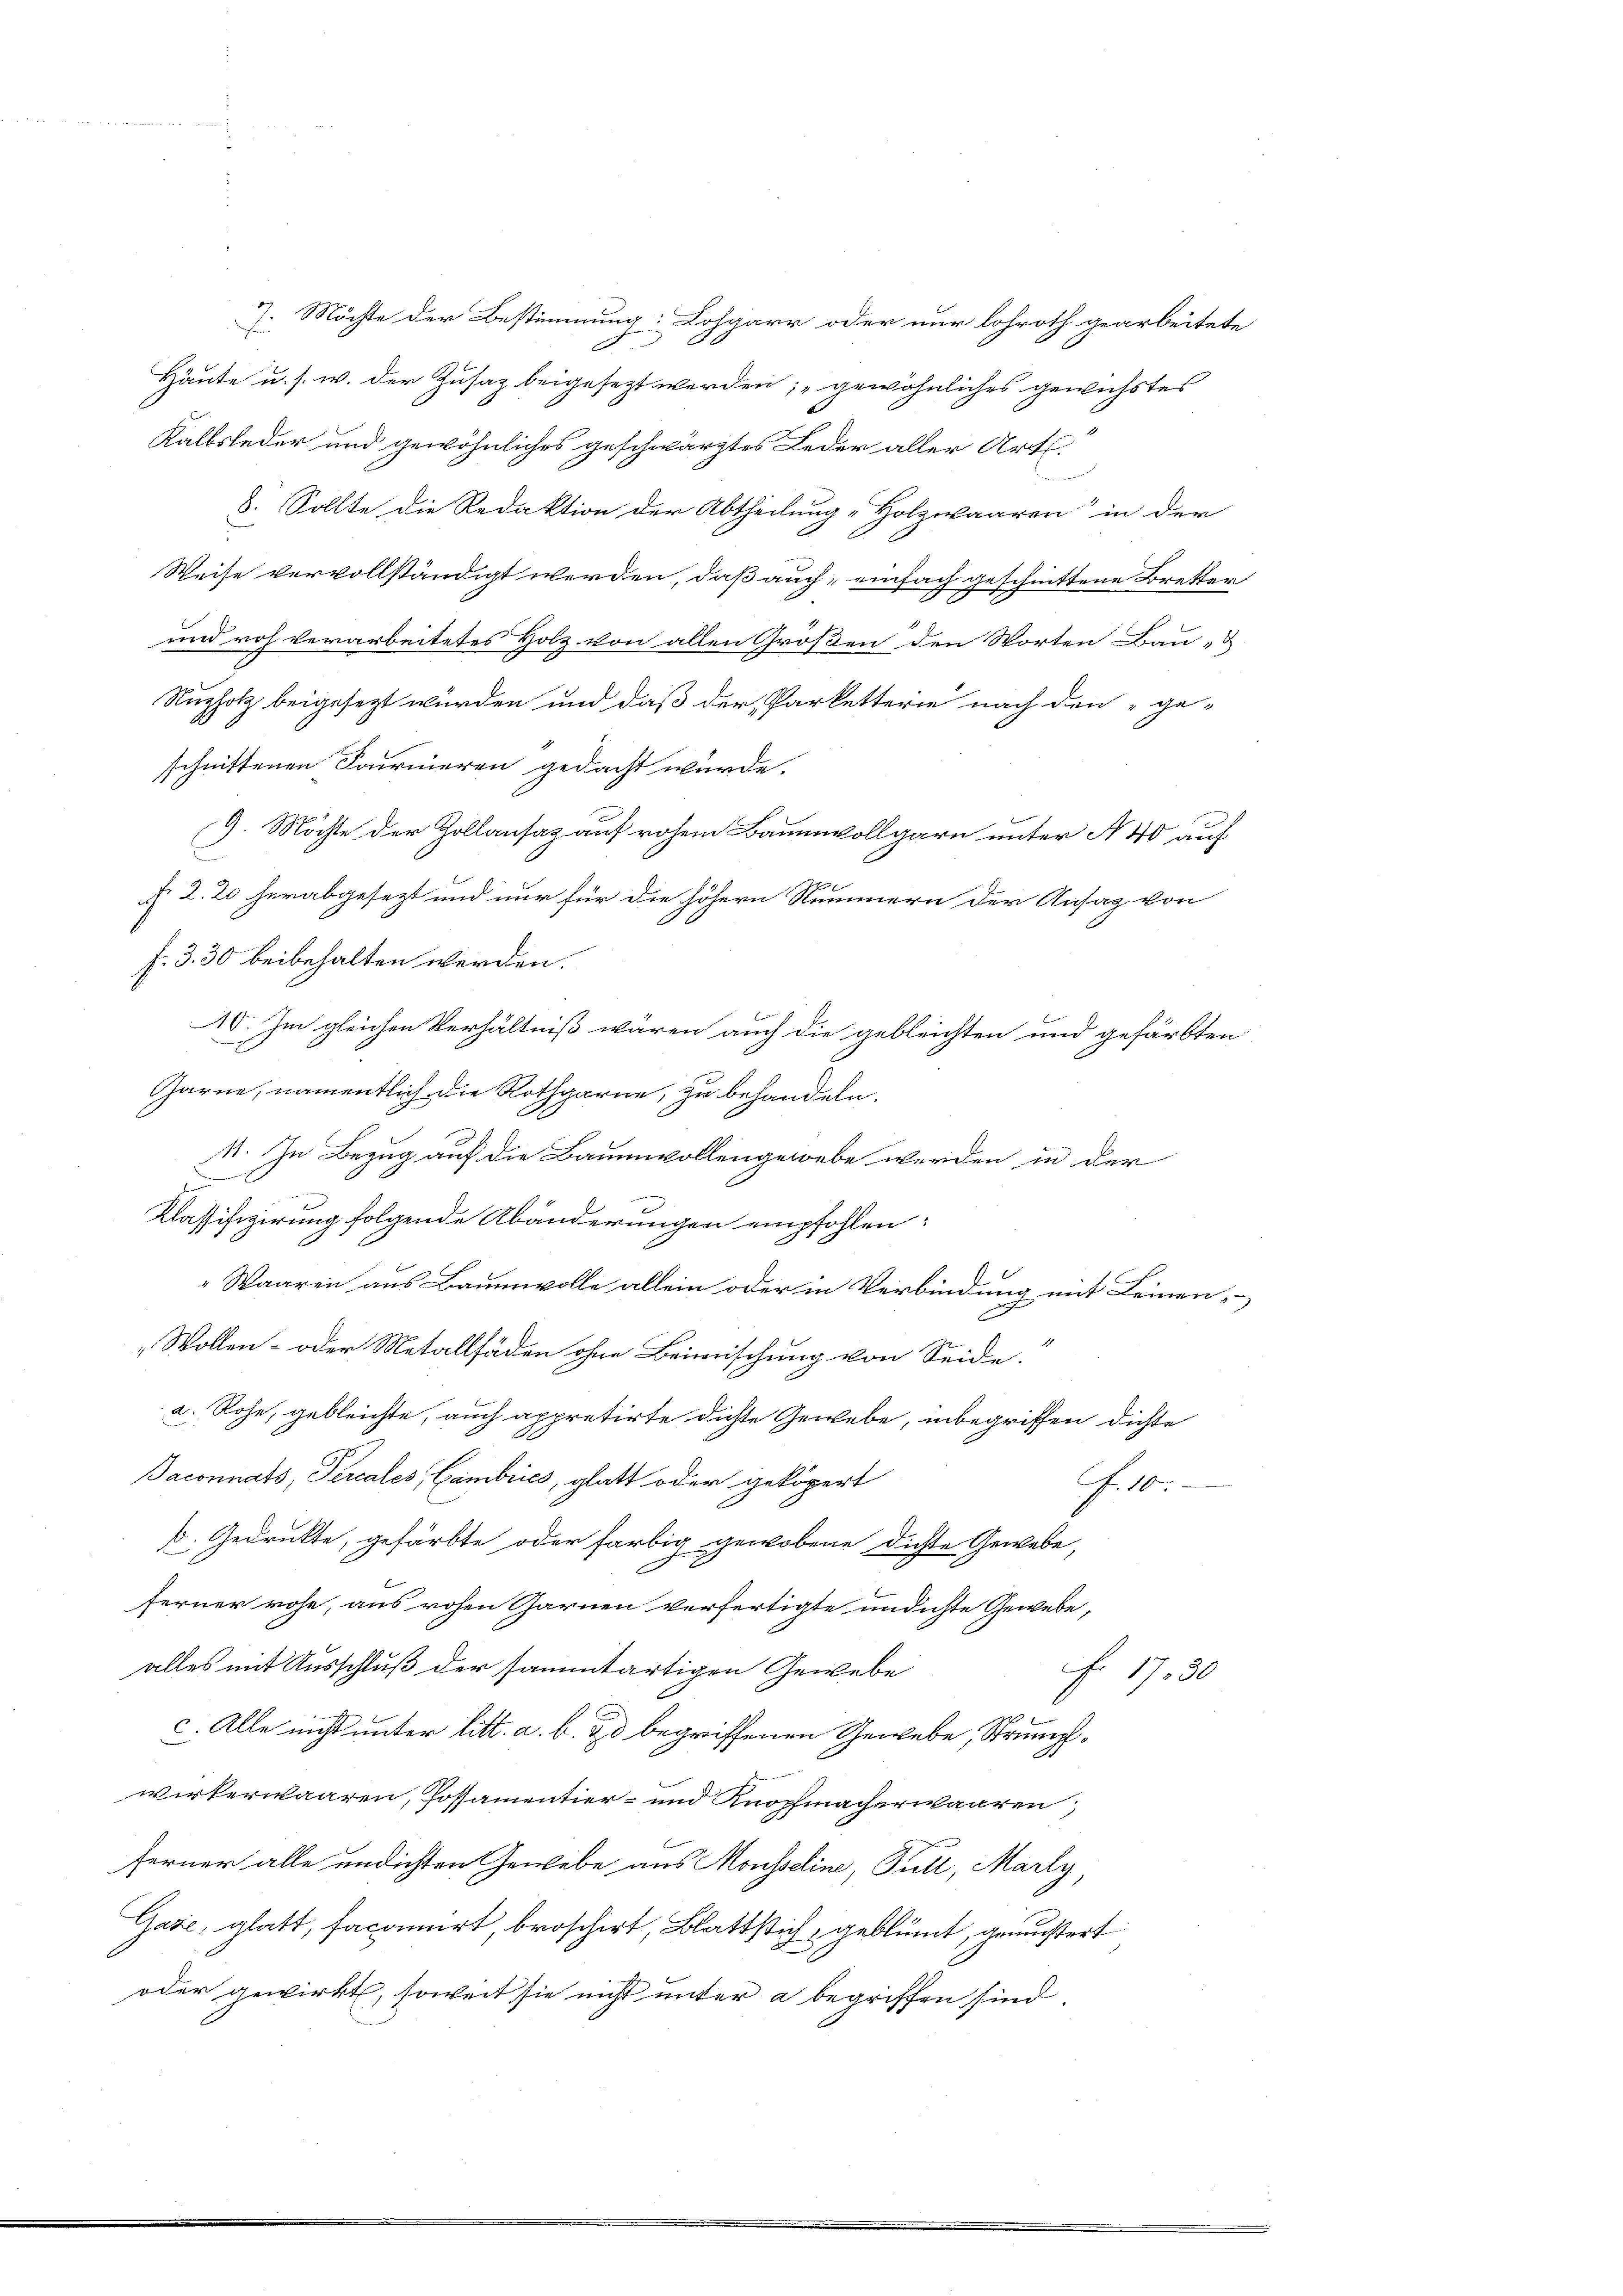
Z. Möchte der Bestimmung: Lohgarr oder nur lohroth gearbeitete
h
Häute u. s. w. der Zusatz beigesezt werden; „gewöhnliches gewechstes
Kalbsleder und gewöhnliches geschwärztes Leder aller Art.
8. Sollte die Redaktion der Abtheilung-Holzwaaren“ in der
Weise vervollständigt werden, daß auch einfach geschnittene Bretter
und roh verarbeitetes Holz von allen Großen den Worten Bau- &
Nuzholz beigesezt wurden und daß der Parketterie nach den „ge-
schnittenen Journieren gedacht würde.
9. Möchte der Zollansaz auf rohem Baumwollgarn unter A 40 auf
§. 2. 20 herabgesezt und nur für die höhern Nummern der Ansag von
f. 330 beibehalten werden.
10. Im gleichen Verhältniß wären auch die gebleichten und gefärbten
Garne, namentlich die Rothgarne, zu behandeln.
11. In Bezug auf die Baumwollengewebe werden in der
d
Klassifizierung folgende Abänderungen empfohlen:
Waaren aus Baumwolle allein oder in Verbindung mit Leinen-
u
„Wollen- oder Metallfäden ohne Beimischung von Seide.
a. Rohe, gebleichte, auch appretirte dichte Gewebe, inbegriffen dichte
Baconnats, Percales, Cambries, glatt oder geköpert
G. Ar
d. Gedrukte, gefärbte oder farbig gewobene Dichte Gewebe,
ferner rohe, aus rohen Garnen verfertigte undichte Gewebe,
alles mit Ausschluß der sammtartigen Gewebe
F. 1730
c. Alle nicht unter litt. a. b. & d begriffenen Gewebe, Strumpfwirkerwaaren, Possamentier- und Knopfmacherwaaren,
ferner alle undichten Gewebe aus Mousseline, Full, Marty,
Gase, glatt, facamirt, broschirt, Blattstich, geblümt, genußert
oder gewirkt, soweit sie nicht unter a begriffen sind,